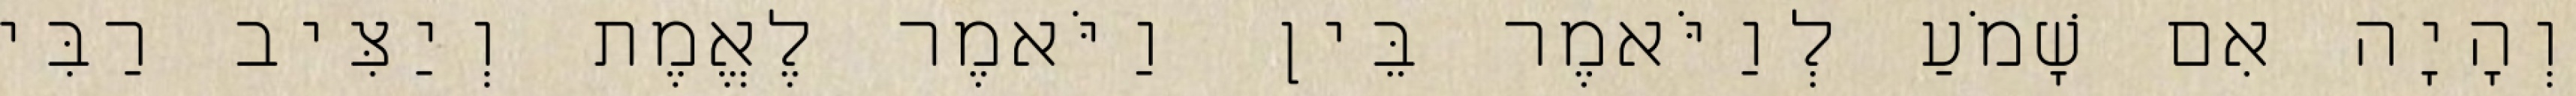
וְהָיָה אִם שָׁמֹעַ לְוַיֹּאמֶר בֵּין וַיֹּאמֶר לֶאֱמֶת וְיַצִּיב רַבִּי